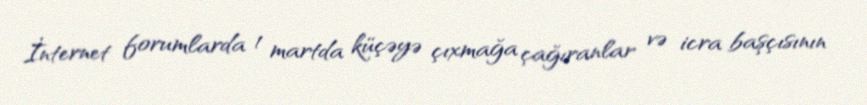
İnternet forumlarda 1 martda küçəyə çıxmağa çağıranlar və icra başçısının